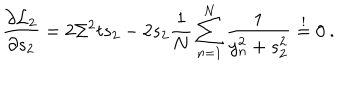
\frac { \partial { \cal L } _ { 2 } } { \partial s _ { 2 } } = 2 \Sigma ^ { 2 } t s _ { 2 } - 2 s _ { 2 } \frac { 1 } { N } \sum _ { n = 1 } ^ { N } \frac { 1 } { y _ { n } ^ { 2 } + s _ { 2 } ^ { 2 } } \stackrel { ! } { = } 0 \: .